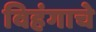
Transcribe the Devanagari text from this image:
विहंगाचे